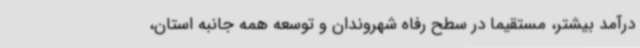
درآمد بیشتر، مستقیما در سطح رفاه شهروندان و توسعه همه جانبه استان،